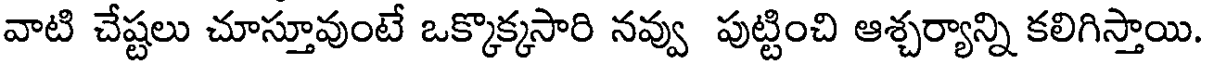
వాటి చేష్టలు చూస్తూవుంటే ఒక్కొక్కసారి నవ్వు పుట్టించి ఆశ్చర్యాన్ని కలిగిస్తాయి.